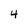
Character: 4